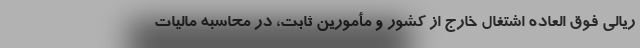
ریالی فوق العاده اشتغال خارج از کشور و مأمورین ثابت، در محاسبه مالیات